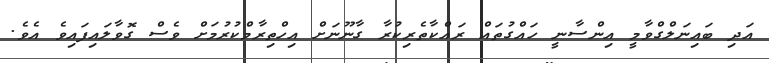
އަދި ބައިނަލްގްވާމީ އިންސާނީ ހައްގުތައް ރައްކާތެރިކުރާ ގާނޫނަށް އިިހްތިރާމްކުރުމަށް ވެސް ގޮވާލައިފައިވެ އެވެ.